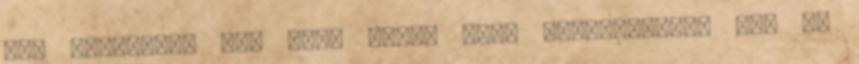
már hatvanat. "Az első vevők csak nyomogatták, nem is